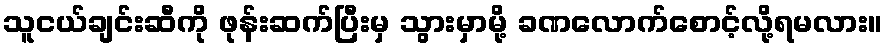
သူငယ်ချင်းဆီကို ဖုန်းဆက်ပြီးမှ သွားမှာမို့ ခဏလောက်စောင့်လို့ရမလား။